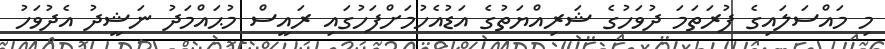
މި މައްސަލައިގެ ފުރަތަމަ ދުވަހުގެ ޝަރިއްޔަތުގެ އަޑުއެހުމަށްފަހުގައި ރައީސް މުޙައްމަދު ނަޝީދު އެދުވަހު